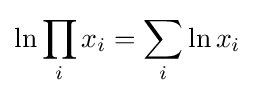
\ln \prod _{i}x_{i}=\sum _{i}\ln x_{i}